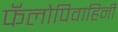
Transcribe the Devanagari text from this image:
फॅलोपिवाहिनी